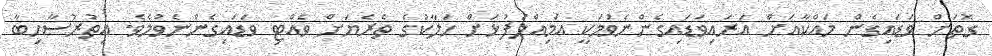
ގޮތަށް ވަޑައިގެން މައްކާއަށް އަރައިވަޑައިގެންނެވުމަކީ އަމިއްލަފުޅަށް ހަލާކުގެ ތެރެޔަށް ވެއްޓި ވަޑައިގެންނެވުމެވެ. އިތުރުސާހިބާ